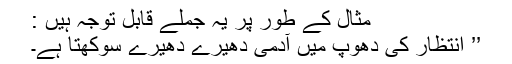
مثال کے طور پر یہ جملے قابل توجہ ہیں :
’’ انتظار کی دھوپ میں آدمی دھیرے دھیرے سوکھتا ہے۔